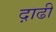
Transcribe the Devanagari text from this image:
द़ाढी